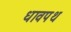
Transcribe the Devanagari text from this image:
धावपथ